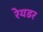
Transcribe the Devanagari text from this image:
रेयडर